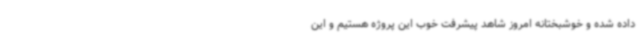
داده شده و خوشبختانه امروز شاهد پیشرفت خوب این پروژه هستیم و این